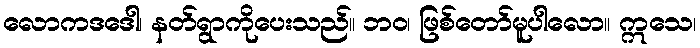
လောကဒဒေါ၊ နတ်ရွာကိုပေးသည်။ ဘဝ၊ ဖြစ်တော်မူပါလော။ ဣသေ၊